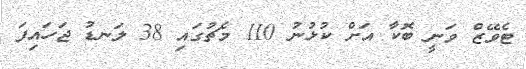
ޓެވޭޒް ވަނީ ބޮކާ އަށް ކުޅުނު 110 މެޗުގައި 38 ލަނޑު ޖަހައިފަ